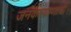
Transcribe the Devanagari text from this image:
जनकल्याणांची